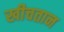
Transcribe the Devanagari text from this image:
खीचतान